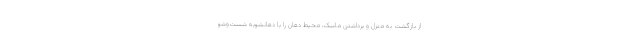
از بازگشت به منزل و برداشتن ماسک، محیط دهان را با دهانشویه شست‌وشو